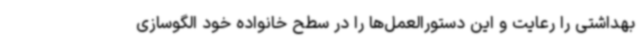
بهداشتی را رعایت و این دستورالعمل‌ها را در سطح خانواده خود الگوسازی